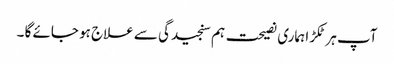
آپ ہر ٹکڑا ہماری نصیحت ہم سنجیدگی سے علاج ہو جائے گا ۔